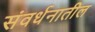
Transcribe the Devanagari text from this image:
संवर्धनातील